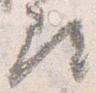
尋